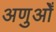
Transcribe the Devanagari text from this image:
अणुओँ